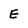
Character: E